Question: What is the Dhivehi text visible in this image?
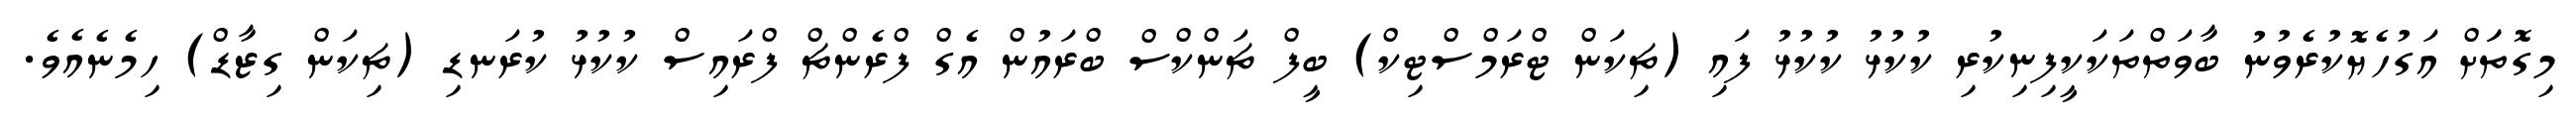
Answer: މިގޮތަަށް އަގުހެޔޮކުރެވުނު ބާވަތްތަކަކީފިނިކުރި ކުކުޅު ކުކުޅު ފައި (ޗިކަން ޓްރަމްސްޓިކް) ބީފް ޗަންކްސް ބްރައުން އެގް ފްރެންޗް ފްރައިސް ކުކުޅު ކުރަނޑި (ޗިކަން ގިޒާޑް) ހިމެނެއެވެ.